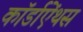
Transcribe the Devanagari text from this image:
कॉर्डाऐंथस